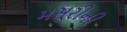
મસૂરીની